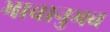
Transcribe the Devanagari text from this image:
भावानुभव